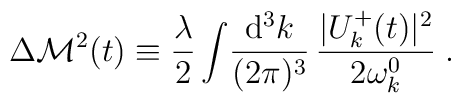
\Delta {\cal M}^2 (t) \equiv \frac{\lambda}{2}\int\!\frac{{\rm d^3}k}{(2\pi)^3}\,\frac{|U^+_k(t)|^2}{2 \omega_k^0} \; .